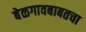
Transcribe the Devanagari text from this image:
बेळगावबाबतचा